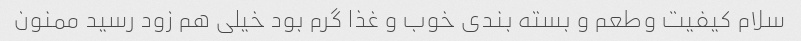
سلام کیفیت وطعم و بسته بندی خوب و غذا گرم بود خیلی هم زود رسید ممنون